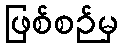
ဖြစ်စဉ်မှ